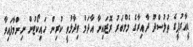
ޑީއާރުޕީގެ ތުލުސްދޫ ދާއިރާގެ މެމްބަރު ރޮޒައިނާ އާދަމް ވިދާޅުވީ ކުރިން ހައިކޯޓުން ނިންމާފައިވާ